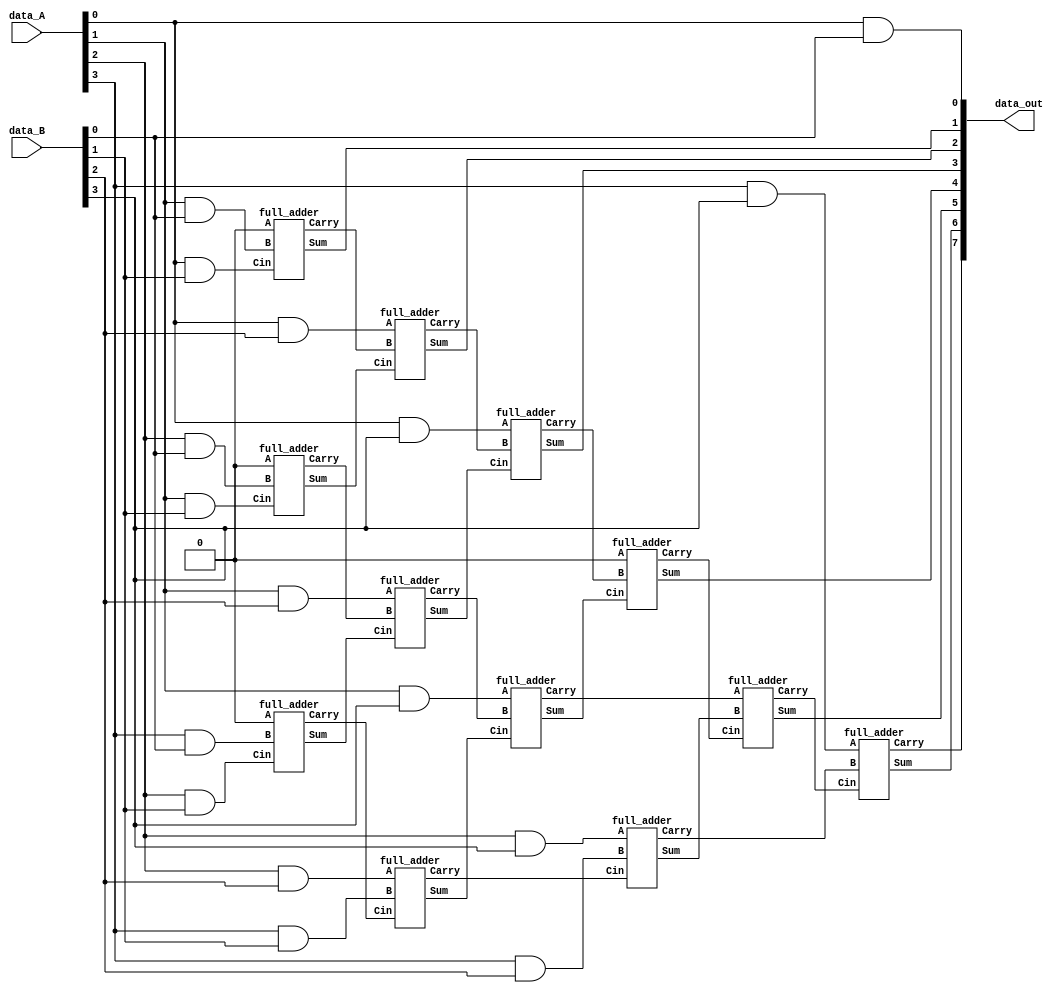
`timescale 1ns / 1ps
//////////////////////////////////////////////////////////////////////////////////
// Company: 
// Engineer: 
// 
// Design Name: 
// Module Name: top_multiplier
// Project Name: 
// Target Devices: 
// Tool Versions: 
// Description: 
// 
// Dependencies: 
// 
// Revision:
// Revision 0.01 - File Created
// Additional Comments:
// 
//////////////////////////////////////////////////////////////////////////////////


module top_multiplier(data_A, data_B, data_out);

input [3:0] data_A, data_B;
output [7:0] data_out;

wire [39:0] int_val;

//Bit-wise multiplication
and a1(int_val[0], data_A[0], data_B[0]);
and a2(int_val[1], data_A[1], data_B[0]);
and a3(int_val[2], data_A[2], data_B[0]);
and a4(int_val[3], data_A[3], data_B[0]);

and a5(int_val[4], data_A[0], data_B[1]);
and a6(int_val[5], data_A[1], data_B[1]);
and a7(int_val[6], data_A[2], data_B[1]);
and a8(int_val[7], data_A[3], data_B[1]);

and a9(int_val[8], data_A[0], data_B[2]);
and a10(int_val[9], data_A[1], data_B[2]);
and a11(int_val[10], data_A[2], data_B[2]);
and a12(int_val[11], data_A[3], data_B[2]);

and a13(int_val[12], data_A[0], data_B[3]);
and a14(int_val[13], data_A[1], data_B[3]);
and a15(int_val[14], data_A[2], data_B[3]);
and a16(int_val[15], data_A[3], data_B[3]);

//Full Adders Instantiation
full_adder fa1(1'b0, int_val[1], int_val[4], int_val[16], int_val[17]);
full_adder fa2(1'b0, int_val[2], int_val[5], int_val[18], int_val[19]);
full_adder fa3(1'b0, int_val[3], int_val[6], int_val[20], int_val[21]);

full_adder fa4(int_val[8], int_val[17], int_val[18], int_val[22], int_val[23]);
full_adder fa5(int_val[9], int_val[19], int_val[20], int_val[24], int_val[25]);
full_adder fa6(int_val[10], int_val[7], int_val[21], int_val[26], int_val[27]);

full_adder fa7(int_val[12], int_val[23], int_val[24], int_val[28], int_val[29]);
full_adder fa8(int_val[13], int_val[25], int_val[26], int_val[30], int_val[31]);
full_adder fa9(int_val[14], int_val[11], int_val[27], int_val[32], int_val[33]);

full_adder fa10(1'b0, int_val[29], int_val[30], int_val[34], int_val[35]);
full_adder fa11(int_val[31], int_val[32], int_val[35], int_val[36], int_val[37]);
full_adder fa12(int_val[15], int_val[33], int_val[37], int_val[38], int_val[39]);

assign data_out[0] = int_val[0];
assign data_out[1] = int_val[16];
assign data_out[2] = int_val[22];
assign data_out[3] = int_val[28];
assign data_out[4] = int_val[34];
assign data_out[5] = int_val[36];
assign data_out[6] = int_val[38];
assign data_out[7] = int_val[39];

endmodule

module full_adder(A, B, Cin, Sum, Carry);

input A, B, Cin;
output Sum, Carry;

assign Sum = A^B^Cin;
assign Carry = (A&B) | (B&Cin) | (Cin&A);

endmodule